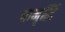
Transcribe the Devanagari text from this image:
तामृद्धिं